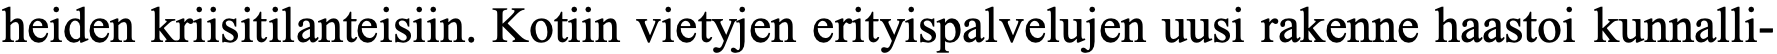
heiden kriisitilanteisiin. Kotiin vietyjen erityispalvelujen uusi rakenne haastoi kunnalli-